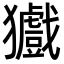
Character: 㺣